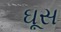
ઘૂસ